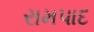
રામપાદ